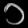
Digit: ၁